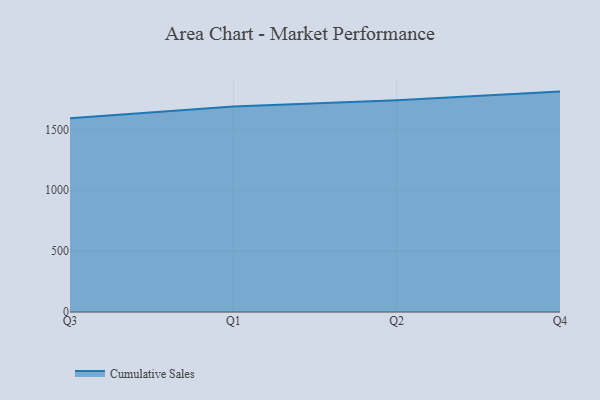
{"axis": {"x": "Quarter", "y": "LTV (USD)"}, "legend": ["Cumulative Sales"], "data": [{"x": "Q3", "y": 1591.3, "type": "Cumulative Sales"}, {"x": "Q1", "y": 1688.4, "type": "Cumulative Sales"}, {"x": "Q2", "y": 1738.5, "type": "Cumulative Sales"}, {"x": "Q4", "y": 1810.4, "type": "Cumulative Sales"}]}